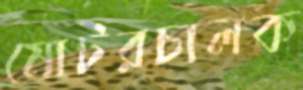
মোটরচালক